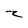
Character: z